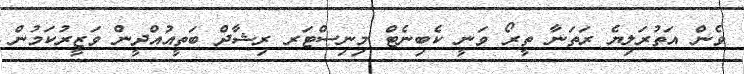
ވެން އަތުރަލިޔެ ރަތަނާ ތީރޯ ވަނީ ކެބިނެޓް މިނިސްޓަރ ރިޝާދް ބަތީއުއްދީން ވަޒީރުކަމުން